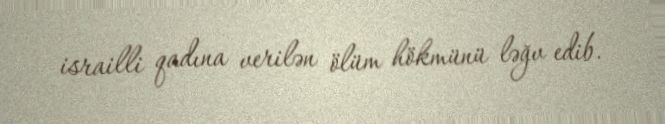
israilli qadına verilən ölüm hökmünü ləğv edib.